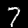
Label: 7